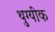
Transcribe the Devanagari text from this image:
थुग्यीक